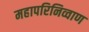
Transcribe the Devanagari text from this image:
महापरिनिव्वाण